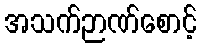
အသက်ဉာဏ်စောင့်